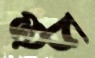
গুচ